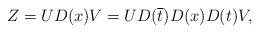
LaTeX: \begin{align*}Z = U D(x) V = U D(\overline{t}) D(x) D(t) V,\end{align*}